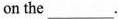
on the___.